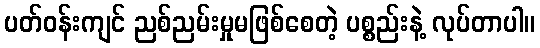
ပတ်ဝန်းကျင် ညစ်ညမ်းမှုမဖြစ်စေတဲ့ ပစ္စည်းနဲ့ လုပ်တာပါ။